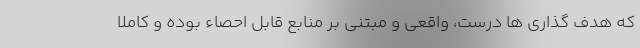
که هدف گذاری ها درست، واقعی و مبتنی بر منابع قابل احصاء بوده و کاملا